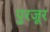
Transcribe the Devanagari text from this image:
पुरजूर